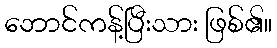
ဘောင်ကန့်ပြီးသား ဖြစ်၏။